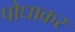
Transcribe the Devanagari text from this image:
पोधाकर